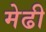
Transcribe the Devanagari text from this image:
मेढी